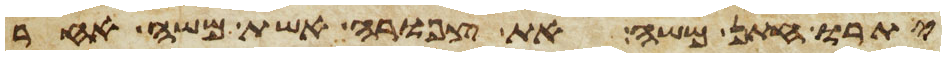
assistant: יתרו חתן משה את צפורה אשת משה אחר